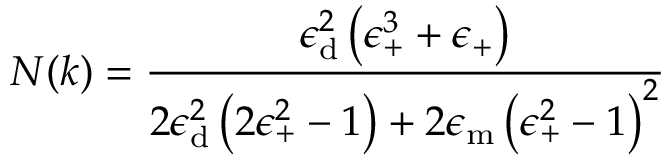
N ( k ) = \frac { \epsilon _ { \mathrm { { d } } } ^ { 2 } \left( \epsilon _ { \mathrm { + } } ^ { 3 } + \epsilon _ { \mathrm { + } } \right) } { 2 \epsilon _ { \mathrm { { d } } } ^ { 2 } \left( 2 \epsilon _ { \mathrm { + } } ^ { 2 } - 1 \right) + 2 \epsilon _ { \mathrm { { m } } } \left( \epsilon _ { \mathrm { + } } ^ { 2 } - 1 \right) ^ { 2 } }